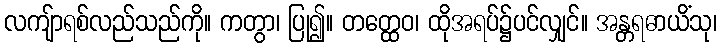
လကျ်ာရစ်လည်သည်ကို။ ကတွာ၊ ပြု၍။ တတ္ထေဝ၊ ထိုအရပ်၌ပင်လျှင်။ အန္တရဓာယိံသု၊